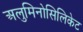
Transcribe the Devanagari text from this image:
अलुमिनोसिलिकेट